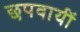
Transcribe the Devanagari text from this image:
छपवायीं